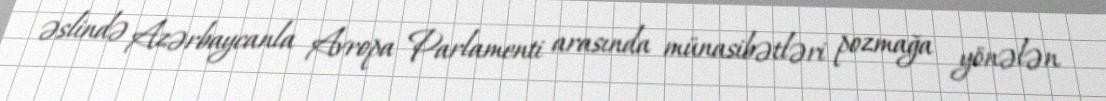
əslində Azərbaycanla Avropa Parlamenti arasında münasibətləri pozmağa yönələn